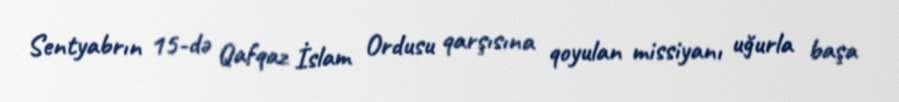
Sentyabrın 15-də Qafqaz İslam Ordusu qarşısına qoyulan missiyanı uğurla başa